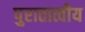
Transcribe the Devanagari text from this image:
पुरातात्वीय